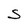
Character: S